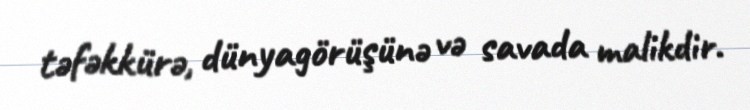
təfəkkürə, dünyagörüşünə və savada malikdir.